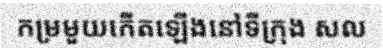
កម្រមួយកើតឡើងនៅទីក្រុង សល